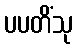
ပပတိံသု